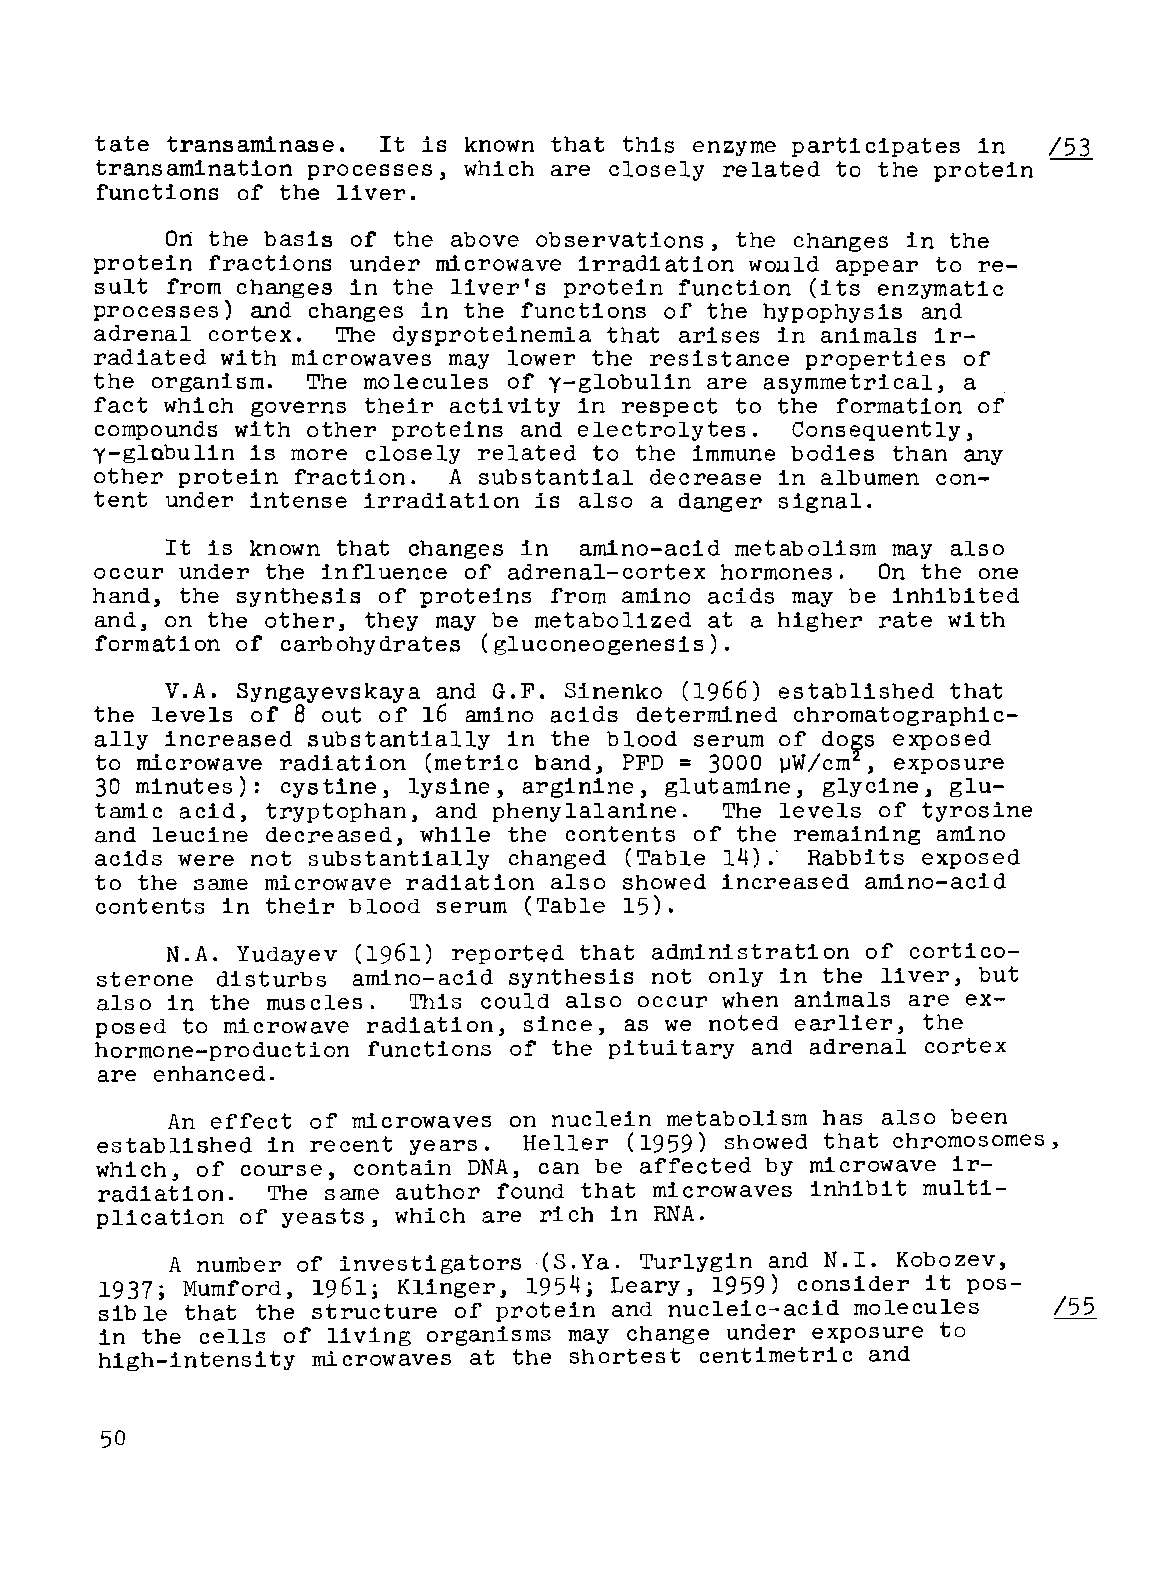
tate transaminase. It is known that this enzyme participates in /53
 transamination           which are closely related to the protein
 processes~
 functions of the liver.
 Ort the basis of the above observations, the changes in the
 protein fractions under microwave irradiation would appear to re
 sult from changes in the liver's protein function (its enzymatic
 processes) and changes in the functions of the hypophysis and
 adrenal cortex. The dysproteinemia that arises in animals ir
 radiated with microwaves may lower the resistance properties of
 the organism. The molecules of y-globulin are asymmetrical, a
 fact which governs their activity in respect to the formation of
 compounds with other proteins and electrolytes. Consequently,
 y-glabulin is more closely related to the immune bodies than any
 other protein fraction. A substantial decrease in albumen con
 tent under intense irradiation is also a danger signal.
 It is known that changes in amino-acid metabolism may also
 occur under the influence of adrenal-cortex hormones. On the one
 hand, the synthesis of proteins from amino acids may be inhibited
 and, on the other, they may be metabolized at a higher rate with
 formation of carbohydrates (gluconeogenesis).
 V.A. Syngayevskaya and G.F. Sinenko (1966) established that
 the levels of 8 out of 16 amino acids determined chromatographic
 ally increased substantially in the blood serum of   exposed
 do~s
 to microwave radiation (metric band, PFD = 3000    , exposure
 ~W/cm
 30 minutes): cystine, lysine, arginine, glutamine, glycine, glu
 tamic acid, tryptophan, and phenylalanine. The levels of tyrosine
 and leucine decreased, while the contents of the remaining amino
 acids were not substantially changed (Table 14); Rabb s exposed
 to the same microwave radiation also showed increased amino-acid
 contents in their blood serum (Table 15).
 N.A. Yudayev (1961) reported that administration of cortico
 sterone disturbs amino-acid synthesis not only in the liver, but
 also in the muscles. This could also occur when animals are ex
 posed to microwave radiation, since, as we noted earlier, the
 hormone-production functions of the pituitary and adrenal cortex
 are enhanced.
 An effect of microwaves on nuclein metabolism has also been
 established in recent years. Heller (1959) showed that chromosomes,
 which~ of course, contain DNA, can be affected by microwave ir
 radiation.  The same author found that microwaves inhibit multi
 plication of yeasts, which are rich in RNA.
 A number of investigators -(S.Ya. Turlygin and N.I.
 Kobozev~
 1937; Mumford, 1961; Klinger, 1954; Leary, 1959) consider it pos-
 sible that the structure of protein and nucleic-acid molecules  /55
 in the cells of living organisms may change under exposure to
 high-intensity microwaves at the shortest centimetric and
 50